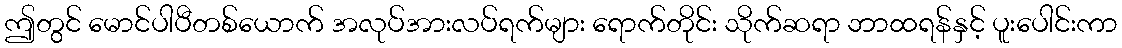
ဤတွင် မောင်ပါပီတစ်ယောက် အလုပ်အားလပ်ရက်များ ရောက်တိုင်း သိုက်ဆရာ ဘာထရန်နှင့် ပူးပေါင်းကာ